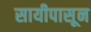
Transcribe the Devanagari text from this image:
सायीपासून